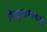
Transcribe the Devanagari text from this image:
विद्युतप्रकल्पाची